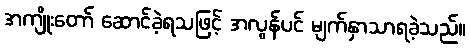
အကျိုးတော် ဆောင်ခဲ့ရသဖြင့် အလွန်ပင် မျက်နှာသာရခဲ့သည်။